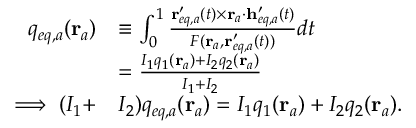
\begin{array} { r l } { q _ { e q , a } ( \mathbf { r } _ { a } ) } & { \equiv \int _ { 0 } ^ { 1 } \frac { \mathbf { r } _ { e q , a } ^ { \prime } ( t ) \times \mathbf { r } _ { a } \cdot \mathbf { h } _ { e q , a } ^ { \prime } ( t ) } { F ( \mathbf { r } _ { a } , \mathbf { r } _ { e q , a } ^ { \prime } ( t ) ) } d t } \\ & { = \frac { I _ { 1 } q _ { 1 } ( \mathbf { r } _ { a } ) + I _ { 2 } q _ { 2 } ( \mathbf { r } _ { a } ) } { I _ { 1 } + I _ { 2 } } } \\ { \implies ( I _ { 1 } + } & { I _ { 2 } ) q _ { e q , a } ( \mathbf { r } _ { a } ) = I _ { 1 } q _ { 1 } ( \mathbf { r } _ { a } ) + I _ { 2 } q _ { 2 } ( \mathbf { r } _ { a } ) . } \end{array}